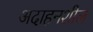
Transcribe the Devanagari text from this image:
अदाहनशील